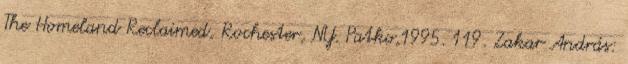
The Homeland Reclaimed, Rochester, NY. Patko,1995. 119. Zakar András: